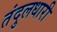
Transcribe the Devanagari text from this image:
तंदुलधारी